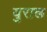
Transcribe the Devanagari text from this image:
युराल